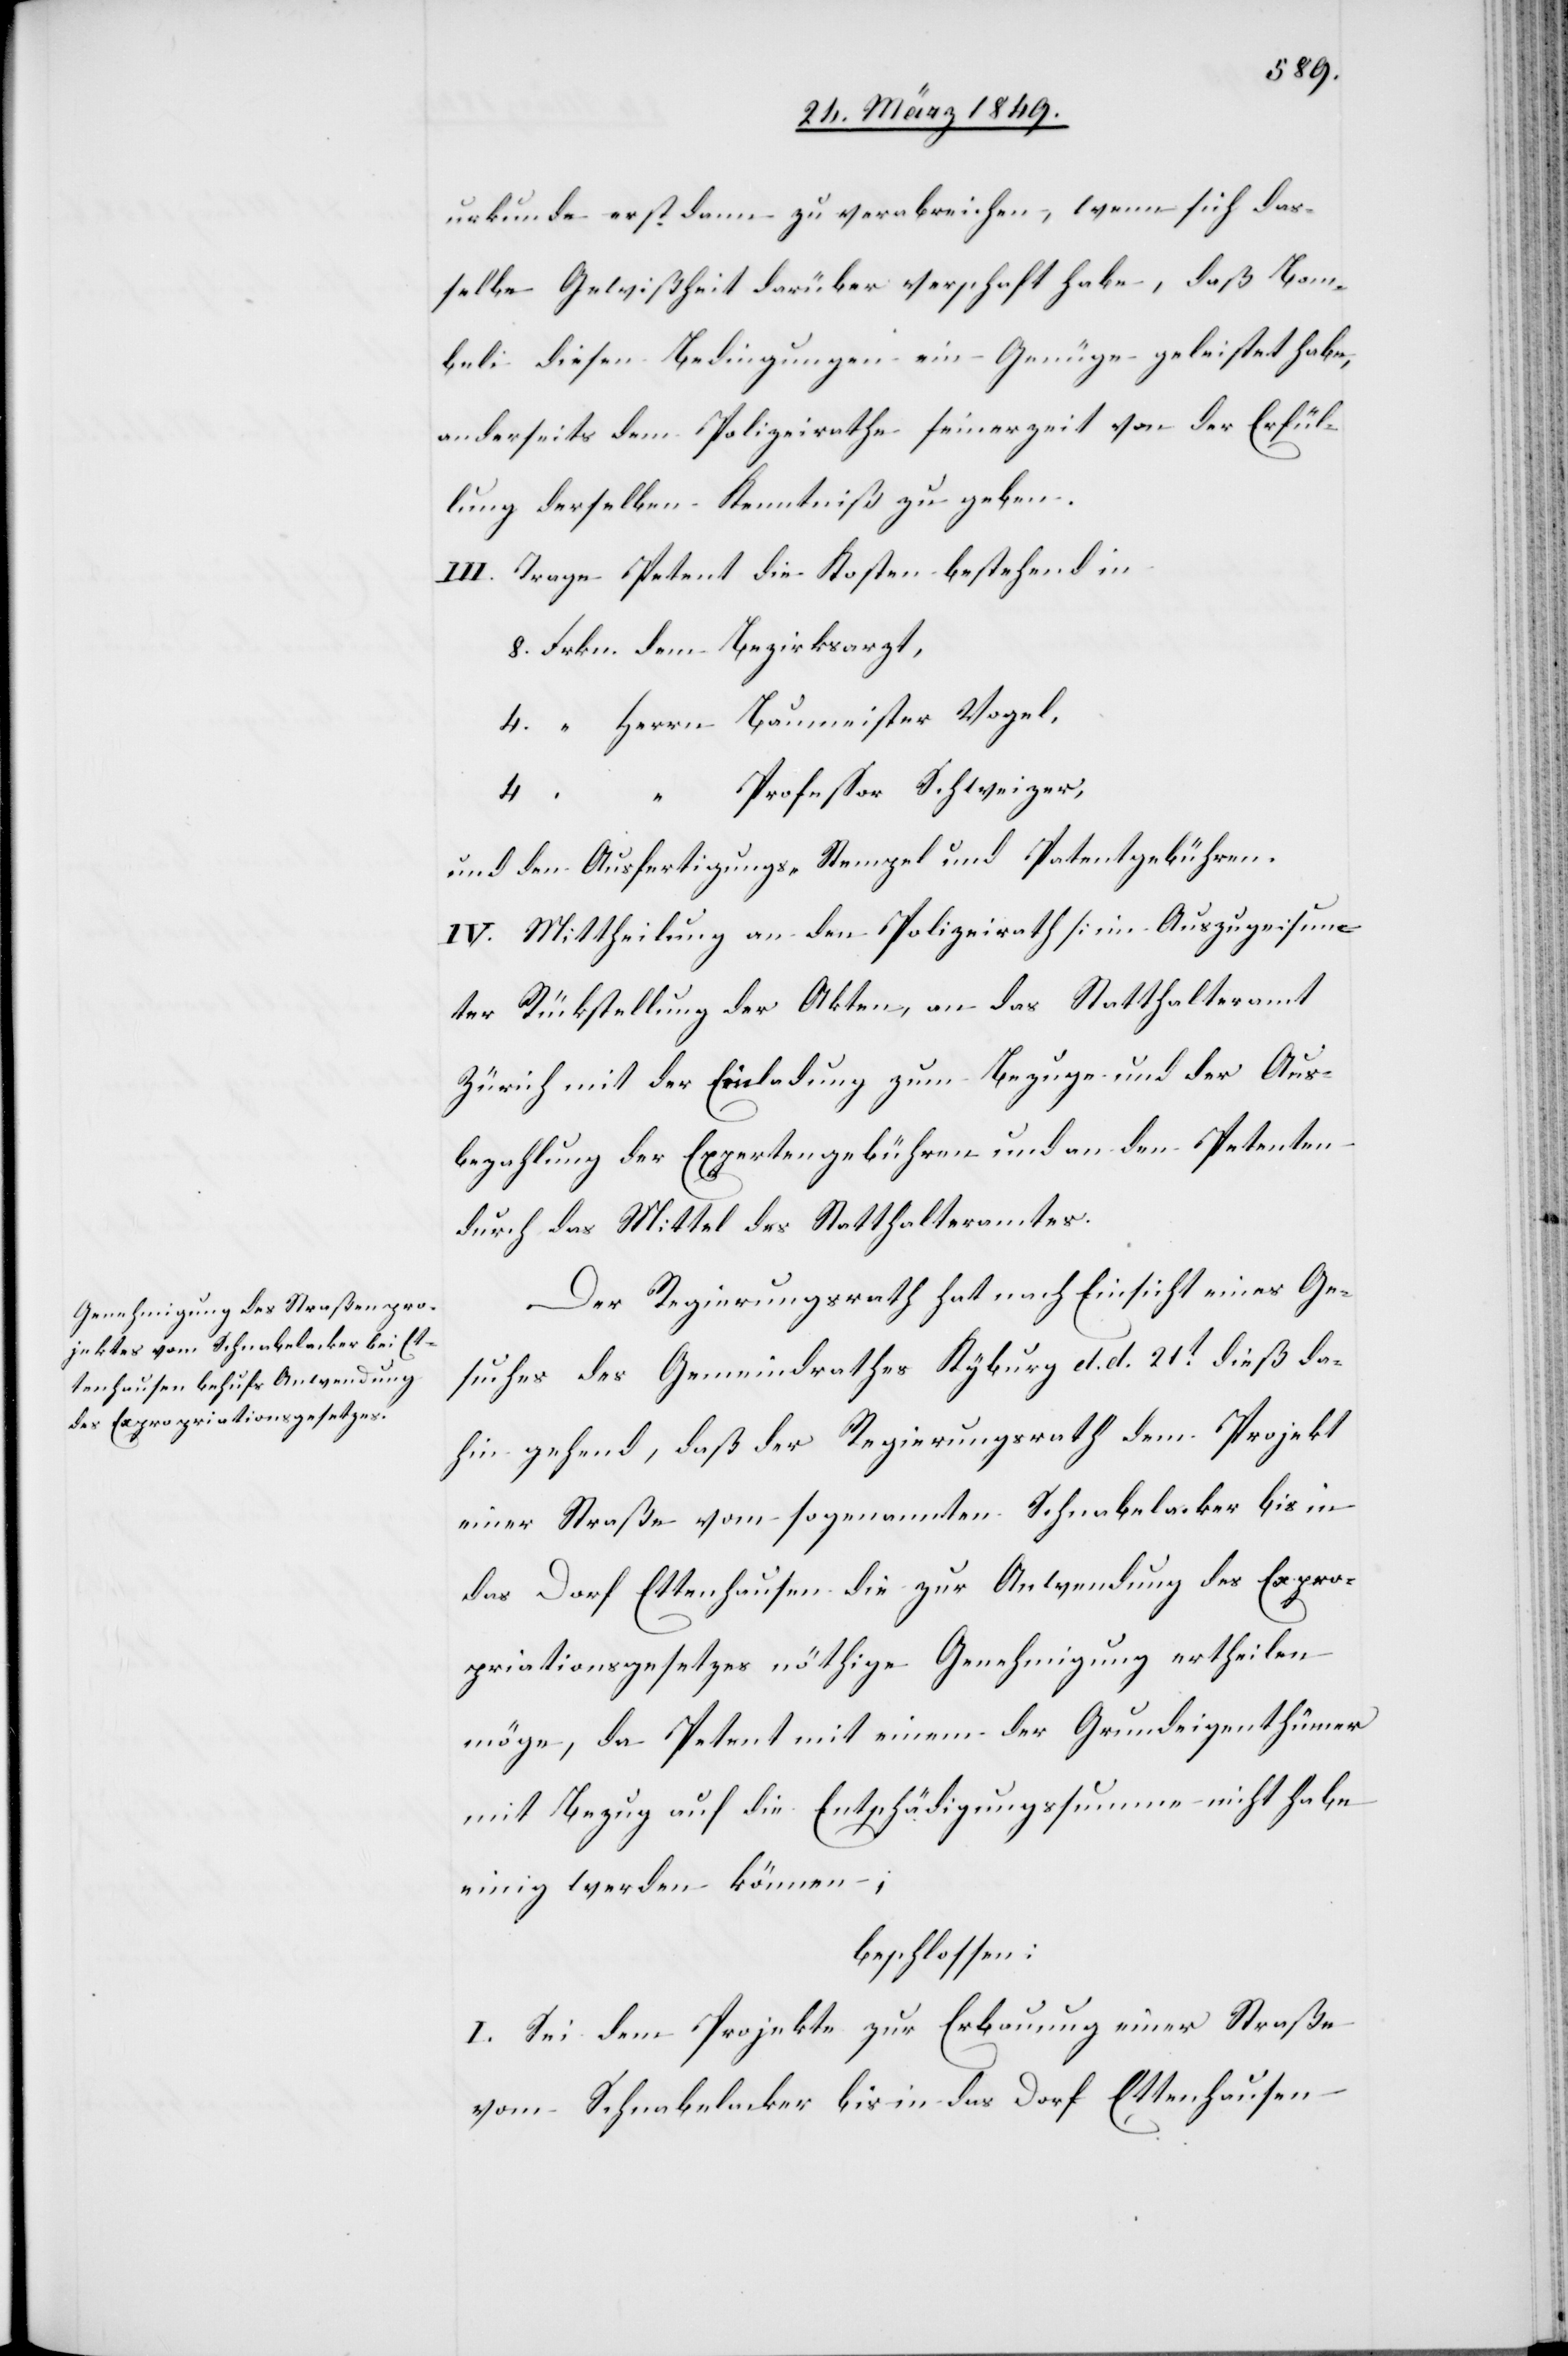
urkunde erst dann zu verabreichen, wenn sich das¬
selbe Gewißheit darüber verschaft [sic!] habe, daß Bom¬
beli diesen Bedingungen ein Genüge geleistet habe,
anderseits dem Polizeirathe seinerzeit von der Erfül¬
lung derselben Kenntniß zu geben.
III. Trage Petent die Kosten bestehend in:
8. Frkn. dem Bezirksarzt,
4. “ Herrn Baumeister Vogel,
Professor Schweizer,
4.
und den Ausfertigungs- Stempel und Patentgebühren.
IV. Mittheilung an den Polizeirath [im Auszuge] un¬
ter Rückstellung der Akten, an das Statthalteramt
Zürich mit der Einladung zum Bezuge und der Aus¬
bezahlung der Expertengebühren und an den Petenten
durch das Mittel des Statthalteramtes.
Der Regierungsrath hat nach Einsicht eines Ge¬
suches des Gemeindrathes Kyburg d. d. 21t. dieß da¬
hin gehend, daß der Regierungsrath dem Projekt
einer Straße vom sogenannten Schnabelacker bis in
das Dorf Ettenhausen die zur Anwendung des Expro¬
priationsgesetzes nöthige Genehmigung ertheilen
möge, da Petent mit einem der Grundeigenthümer
mit Bezug auf die Entschädigungssumme nicht habe
einig werden können;
beschlossen:
I. Sei dem Projekte zur Erbauung einer Straße
vom Schnabelacker bis in das Dorf Ettenhausen